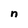
Character: n